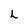
Character: L